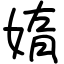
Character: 媠